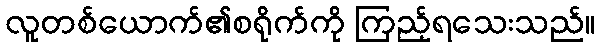
လူတစ်ယောက်၏စရိုက်ကို ကြည့်ရသေးသည်။